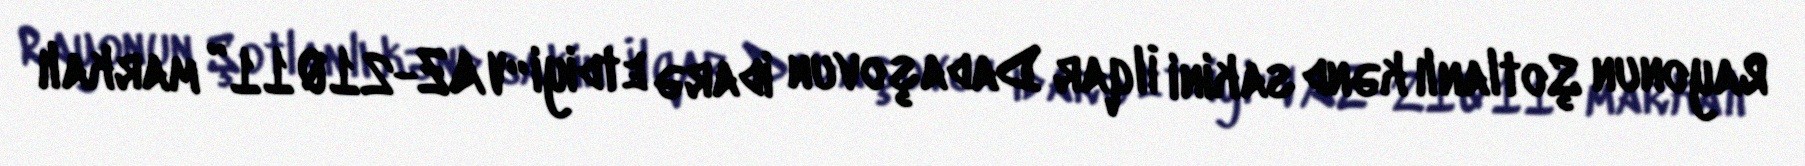
Rayonun Şotlanlı kənd sakini İlqar Dadaşovun idarə etdiyi “VAZ-21011” markalı